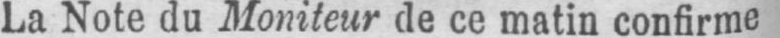
La Note du Moniteur de ce matin confirme